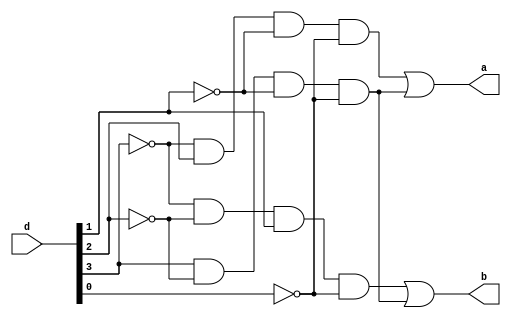
module encoder4_2(input [3:0]d, output a,b);

wire [3:0] w;

assign w[0]= ~d[3]&~d[2]&~d[1]&d[0];
assign w[1]= ~d[3]&~d[2]&d[1]&~d[0];
assign w[2]= ~d[3]&d[2]&~d[1]&~d[0];
assign w[3]= d[3]&~d[2]&~d[1]&~d[0];

assign a = w[2]|w[3];
assign b = w[1]|w[3];


endmodule